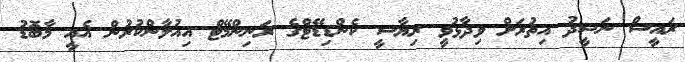
ރައީސް ނަޝީދު އިތުރަށް ވިދާޅުވީ ރިޔާސީ ކެންޑިޑޭޓްގެ ރަނިންމޭޓް އިއުލާންކުރުން އެއީ މާބޮޑު